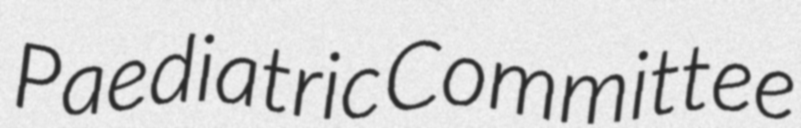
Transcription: Paediatric Committee